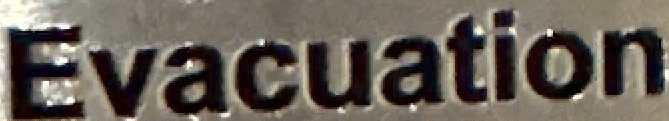
Evacuation